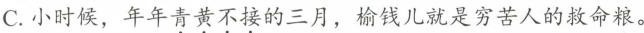
C.小时候，年年青黄不接的三月，榆钱儿就是穷苦人的救命粮。